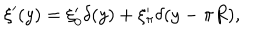
LaTeX: \xi ^ { \prime } ( y ) = \xi _ { 0 } ^ { \prime } \delta ( y ) + \xi _ { \pi } ^ { \prime } \delta ( y - \pi R ) ,